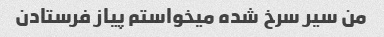
من سیر سرخ شده میخواستم پیاز فرستادن